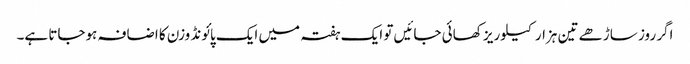
اگر روز ساڑھے تین ہزار کیلوریز کھائی جائیں تو ایک ہفتہ میں ایک پائونڈ وزن کا اضافہ ہوجاتا ہے۔